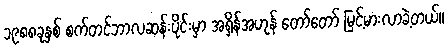
၁၉၈၈ခုနှစ် စက်တင်ဘာလဆန်းပိုင်းမှာ အရှိန်အဟုန် တော်တော် မြင့်မားလာခဲ့တယ်။